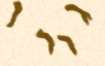
גורן